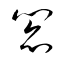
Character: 閻